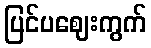
ပြင်ပဈေးကွက်